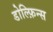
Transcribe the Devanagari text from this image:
डोल्फ़िन्स